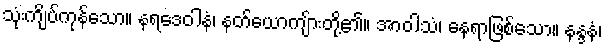
သုံးကျိပ်ကုန်သော။ နရဒေဝါနံ၊ နတ်ယောကျ်ားတို့၏။ အာဝါသံ၊ နေရာဖြစ်သော။ နန္ဒနံ၊